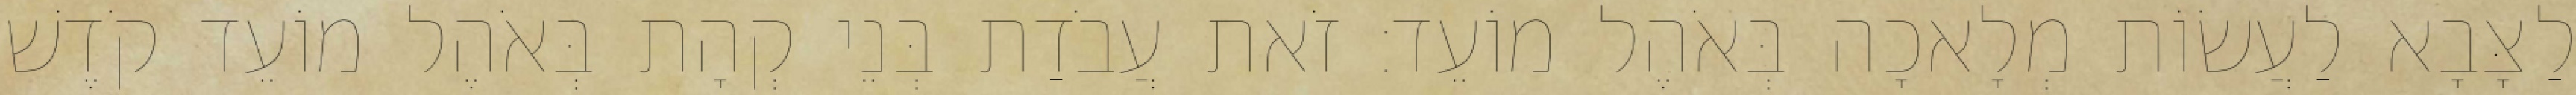
לַצָּבָא לַעֲשׂוֹת מְלָאכָה בְּאֹהֶל מוֹעֵד׃ זֹאת עֲבֹדַת בְּנֵי קְהָת בְּאֹהֶל מוֹעֵד קֹדֶשׁ